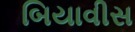
બિયાવીસ